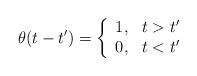
LaTeX: \begin{align*}\theta(t-t')=\left\{\begin{array}{ll}1,& t>t'\\0,& t<t'\end{array}\right.\end{align*}